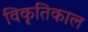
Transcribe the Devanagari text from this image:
विकृतिकाल